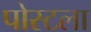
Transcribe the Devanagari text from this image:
पोस्टला